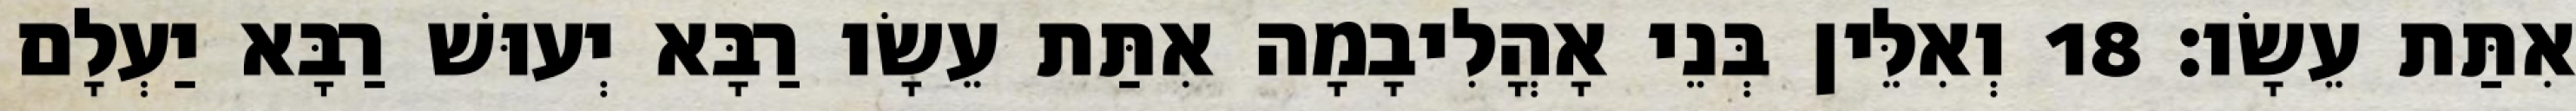
אִתַּת עֵשָׂו׃ 18 וְאִלֵּין בְּנֵי אָהֳלִיבָמָה אִתַּת עֵשָׂו רַבָּא יְעוּשׁ רַבָּא יַעְלָם